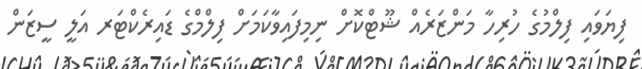
ފިޔަވައި ފިލްމުގެ ހުރިހާ މަންޒަރެއް ޝޫޓްކޮށް ނިމިފައިވާކަމަށް ފިލްމްގެ ޑައިރެކްޓަރ އަލީ ސީޒަން